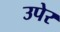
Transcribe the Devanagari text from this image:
उपेर